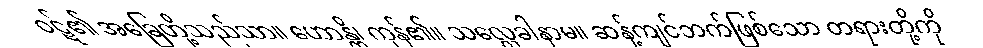
ဝဋ်၏ အခြေတို့သည်သာ။ ဟောန္တိ၊ ကုန်၏။ သလ္လေခါနာမ။ ဆန့်ကျင်ဘက်ဖြစ်သော တရားတို့ကို